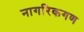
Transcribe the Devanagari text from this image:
नागरिकगण